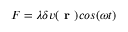
F = \lambda \delta v ( \textbf { r } ) c o s ( \omega t )